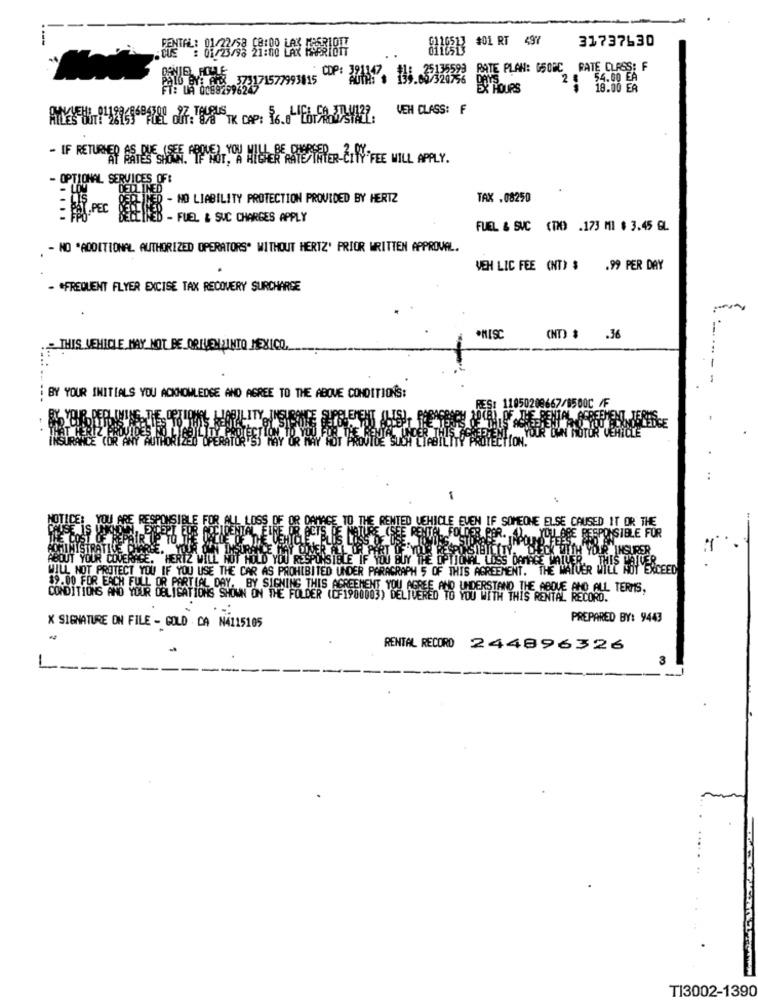
#01 RT 497
31737630
RATE PLAN: G508C RATE CLASS: F
TEMA 2317157793115 DP: 2017. 11. 31259
DAYS
2
54.00 EA
EX HOURS
18.00 EA
VEH CLASS: F
- IF RETURNED AS QUE
"AP RESLEE. OPET.ON HISER HAT TAPER-CITY'FEE WILL APPLY.
- OPTIONAL SERVICES OF:
TAX .08250
SPEC IE - NO LIABILITY PROTECTION PROVIDED BY HERTZ
ED - FUEL & SUC CHARGES APPLY
FUEL & SVC (TID .173 MI $ 3.45 GL
- NO *ADDITIONAL AUTHORIZED OPERATORS" WITHOUT HERTZ' PRIOR WRITTEN APPROVAL.
VEH LIC FEE (NT) $ .99 PER DAY
- . FREQUENT FLYER EXCISE TAX RECOVERY SURCHARGE
(NT) $
.36
THIS VEHICLE MAY NOT BE ORIVENZINTO MEXICO,
i BY YOUR INITIALS YOU ACKNOWLEDGE AND AGREE TO THE ABOVE CONDITIONS:
1105020
500C /F
LOSS
MACE TO THE RENTED VEHICLE EVEN IF SOMEONE ELSE CAUSED IT OR THE
H YOU
INSURER
OUR CL
VERAGE. HERTZ WILL NO
HOLD YOU RESPONSIBLE IF YOU BUY THE OPTIO
JONAL LOSS DAMAGE WAIUER
WILL NOT PROTECT YOU IF YOU USE THE CAR AS PROHIBITED UNDER PARAGRAPH 5 OF THIS AGREEMENT. THE WAITER WILL HOY EXCEED
CONDITIONS AND YOUR DELISATIONS SHOWN ON THE FOLDER (GF1900005) DE LOSSEDANO UNDERSTAND THE ABOVE AND ALL TERMS.
PREPARED BY: 9443
X SIGNATURE ON FILE - GOLD CA N4115105
RENTAL RECORD 244896326
-
3
TI3002-1390